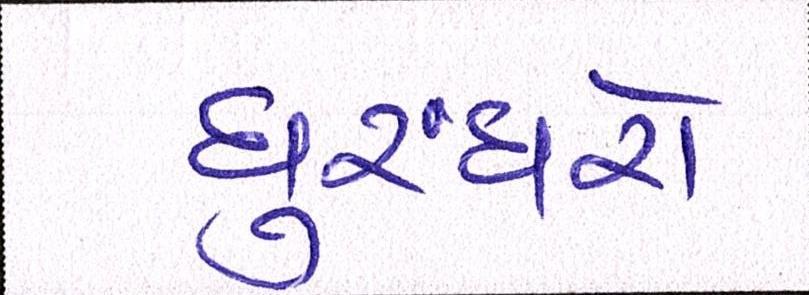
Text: ધુરંધરો